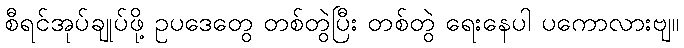
စီရင်အုပ်ချုပ်ဖို့ ဥပဒေတွေ တစ်တွဲပြီး တစ်တွဲ ရေးနေပါ ပကောလားဗျ။